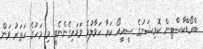
ބްރޯޑްކާސްޓިން ކޮމިޝަނުގެ ސީއީއޯ ކަމާ ހަވާލުވެ ވަޑައިގެންނެވީ މި މަހުގެ ހަތަރު ވަން